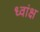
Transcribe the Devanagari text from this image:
ध्वांक्ष